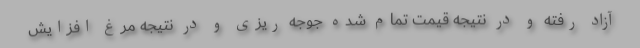
آزاد رفته و در نتیجه قیمت تمام شده جوجه ریزی و در نتیجه مرغ افزایش